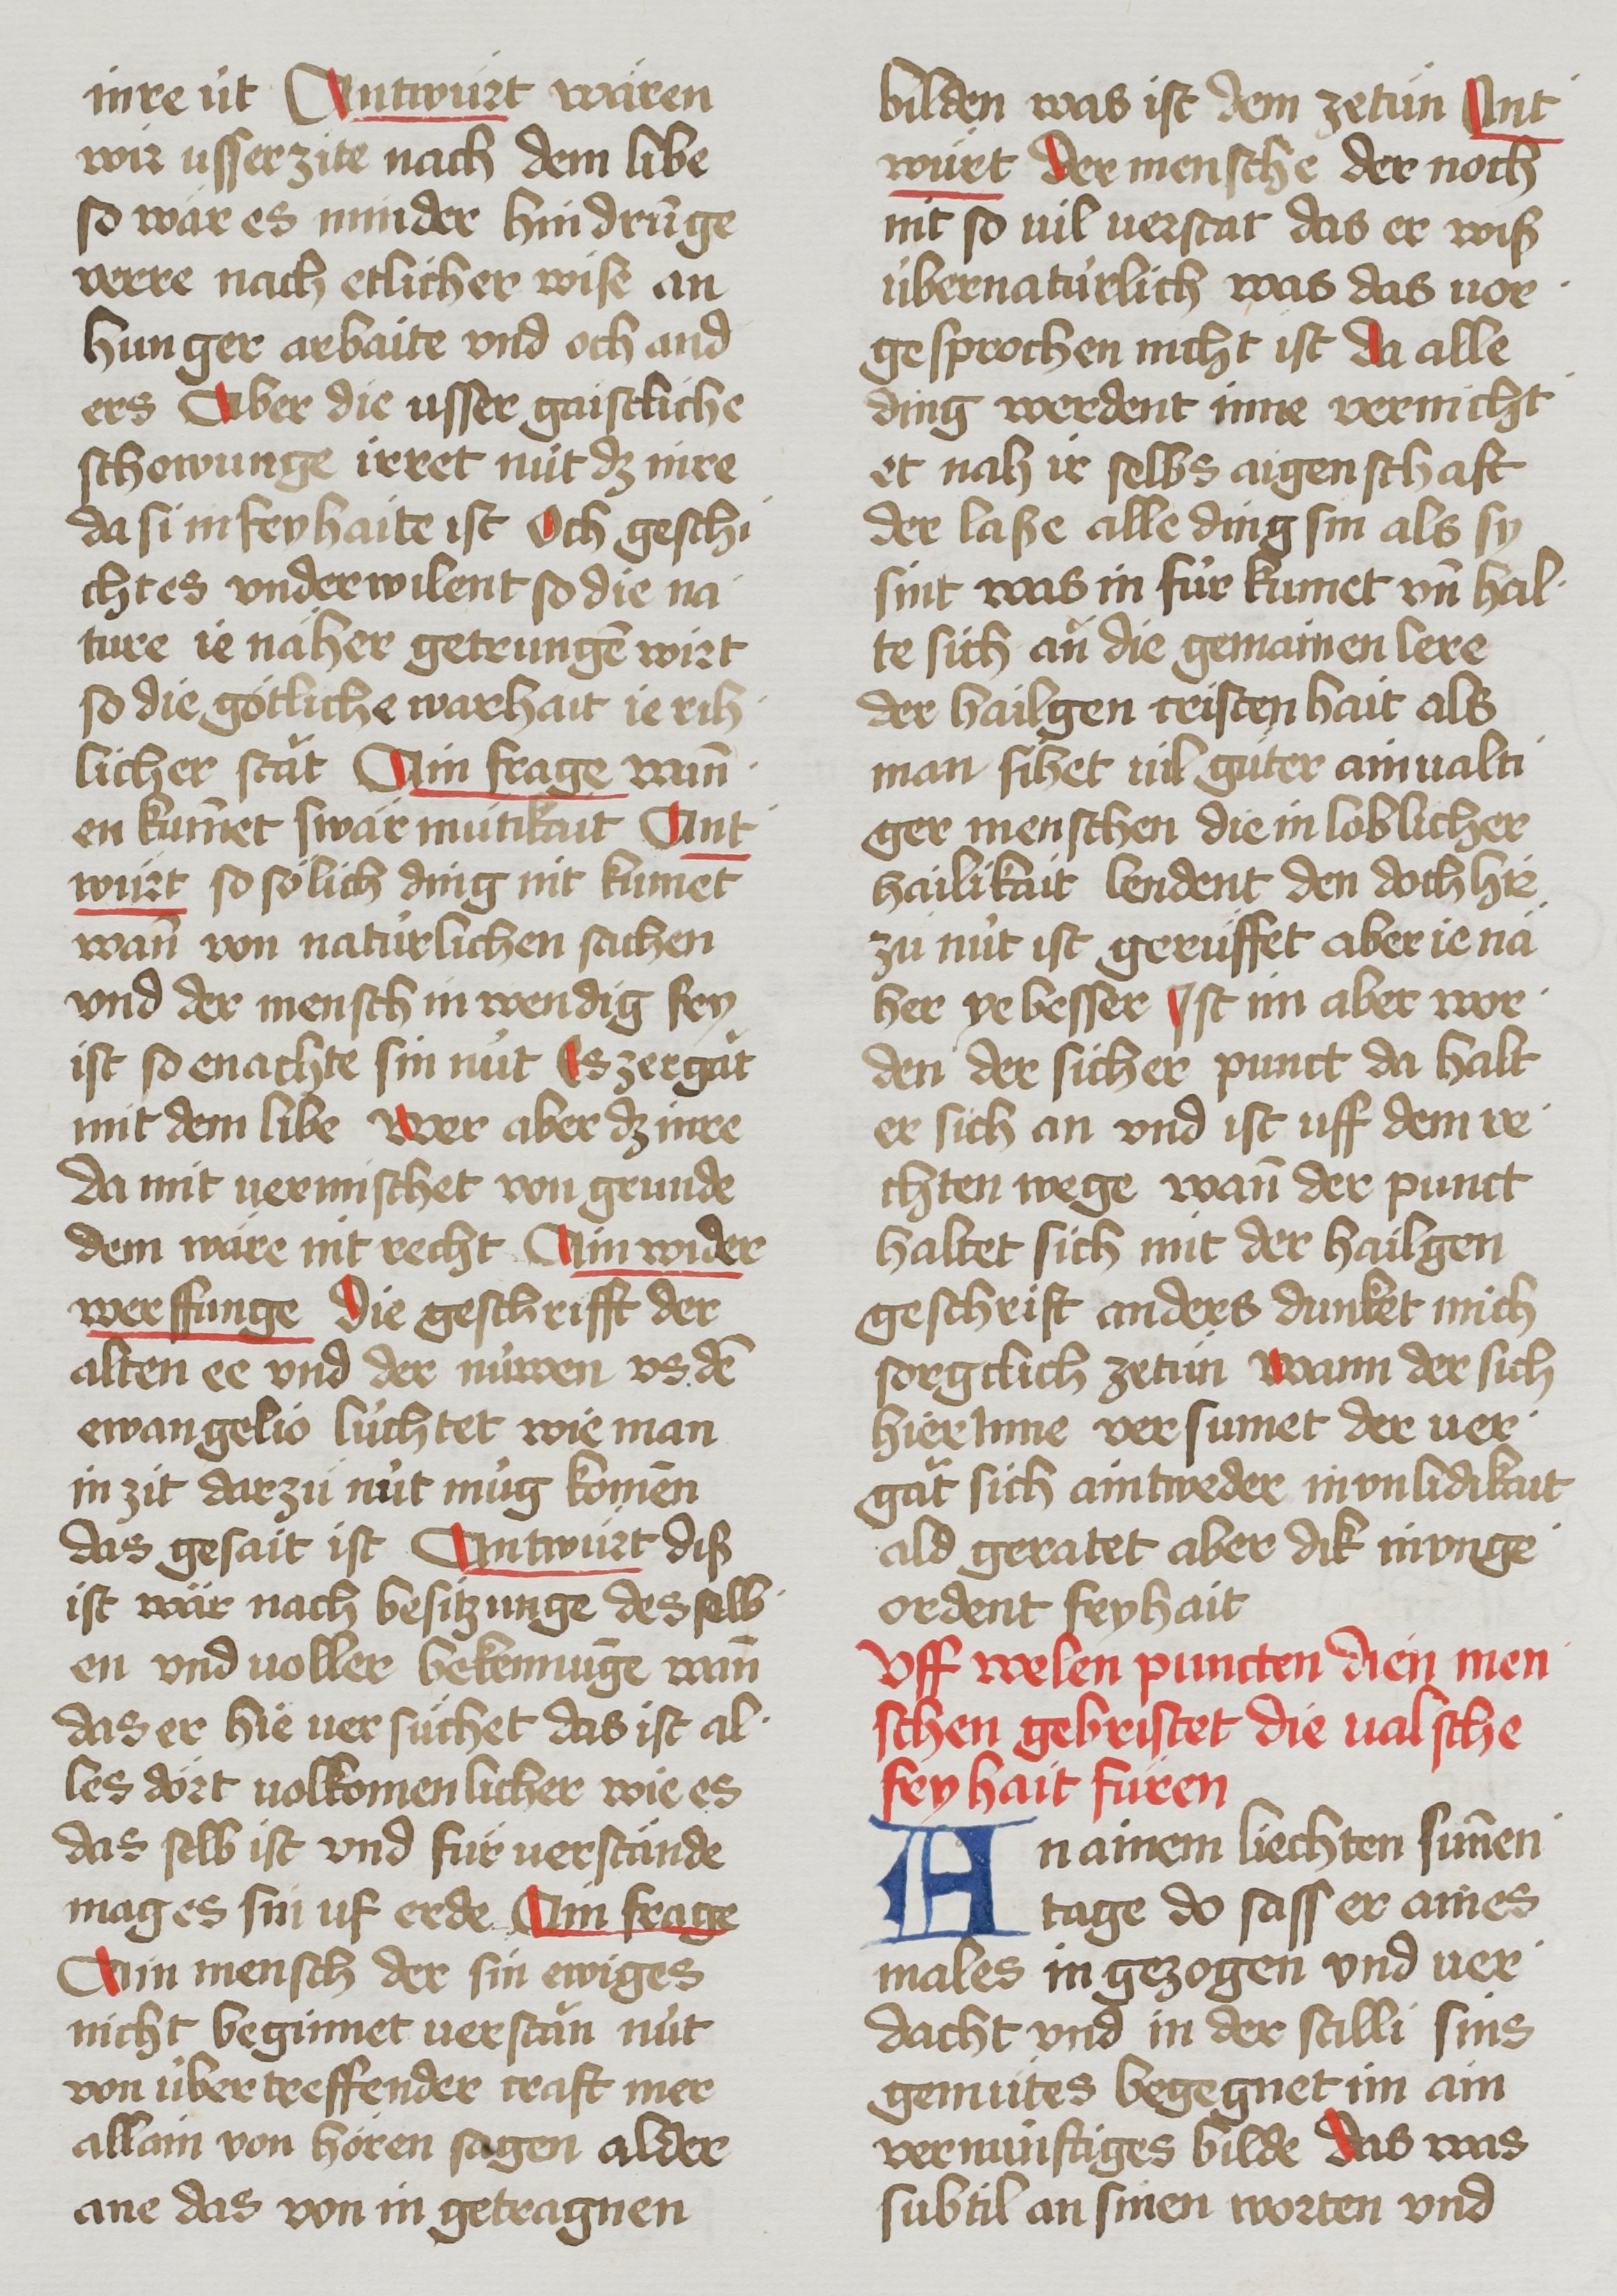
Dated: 1485–1495